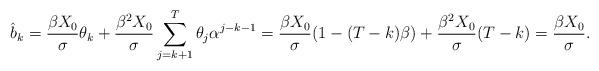
LaTeX: \begin{align*}\hat{b}_k=\frac{\beta X_0}{\sigma}\theta_k+\frac{\beta^2 X_0}{\sigma}\sum_{j=k+1}^T\theta_j\alpha^{j-k-1}=\frac{\beta X_0}{\sigma}(1-(T-k)\beta)+\frac{\beta^2 X_0}{\sigma}(T-k)=\frac{\beta X_0}{\sigma}.\end{align*}